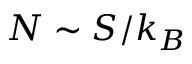
N \sim S / k _ { B }